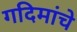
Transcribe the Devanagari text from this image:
गदिमांचे